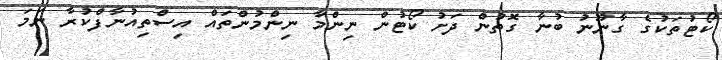
ކޯޓުތަކުގެ ގާނޫނު ބުނާ ގޮތުން ދަށު ކޯޓުން ނިންމާ ނިންމުންތައް އިސްތިއުނާފްކުރާ ނަމަ